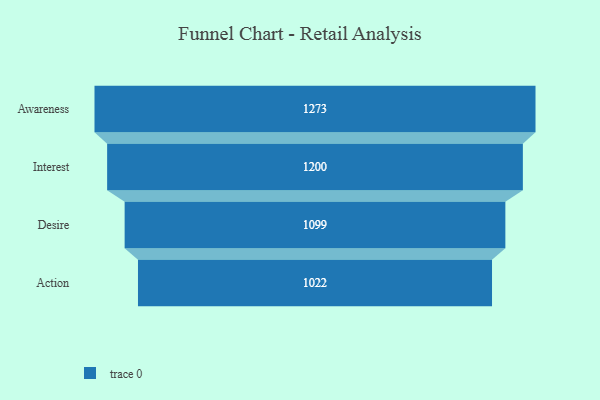
{"axis": {"x": "Stage", "y": "Value"}, "legend": [""], "data": [{"x": "Awareness", "y": 1273.0, "type": ""}, {"x": "Interest", "y": 1200.0, "type": ""}, {"x": "Desire", "y": 1099.0, "type": ""}, {"x": "Action", "y": 1022.0, "type": ""}]}